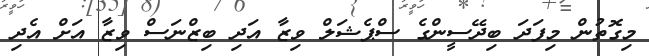
މިގޮތުން މިފަދަ ބިދޭސީންގެ ސްޕެޝަލް ވިޒާ އަދި ބިޒްނަސް ވިޒާ އަށް އެދި